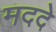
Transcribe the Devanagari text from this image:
मददे